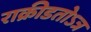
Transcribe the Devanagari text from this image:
राक्रीडतोऽत्र